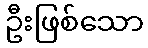
ဦးဖြစ်သော